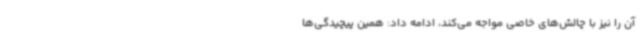
آن را نیز با چالش‌های خاصی مواجه می‌کند، ادامه داد: همین پیچیدگی‌ها